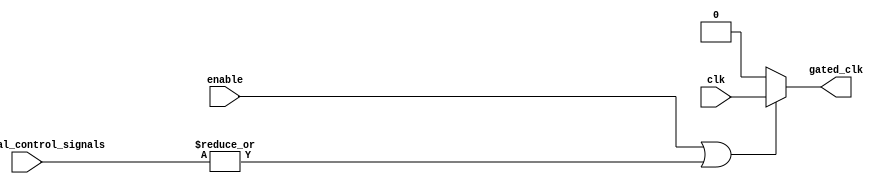
module clock_gating (
    input wire clk,                        // Main clock signal
    input wire enable,                     // Enable signal for the memory block
    input wire [N-1:0] additional_control_signals, // Additional control signals (N can be defined as needed)
    output wire gated_clk                  // Gated clock signal for the memory block
);

// Parameter to define the number of additional control signals
parameter N = 2; // Adjust N based on the number of additional control signals used

// Internal wire to combine enable and additional control signals
wire or_combined;

// OR gate logic to combine enable and additional control signals
assign or_combined = enable | |additional_control_signals; // OR reduction on additional control signals

// Gated clock logic
assign gated_clk = or_combined ? clk : 1'b0; // If OR output is high, pass clk; else output 0

endmodule